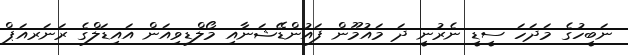
ނަބީހުގެ މަދަހަ ސީޑީ ނެރުނީ ދަ މައުމޫން ފައުންޑޭޝަނާއި މޯލްޑިވިއަން އައިޑަލްގެ ރަނަރއަޕް